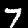
Label: 7